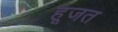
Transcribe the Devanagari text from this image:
हूजत